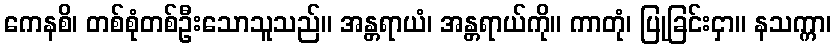
ကေနစိ၊ တစ်စုံတစ်ဦးသောသူသည်။ အန္တရာယံ၊ အန္တရာယ်ကို။ ကာတုံ၊ ပြုခြင်းငှာ။ နသက္ကာ၊